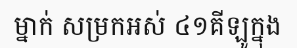
ម្នាក់ សម្រកអស់ ៤១គីឡូក្នុង